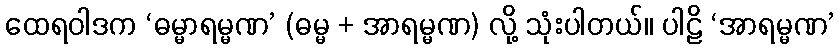
ထေရဝါဒက ‘ဓမ္မာရမ္မဏ’ (ဓမ္မ + အာရမ္မဏ) လို့ သုံးပါတယ်။ ပါဠိ ‘အာရမ္မဏ’